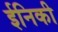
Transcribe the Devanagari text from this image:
ईनिकी